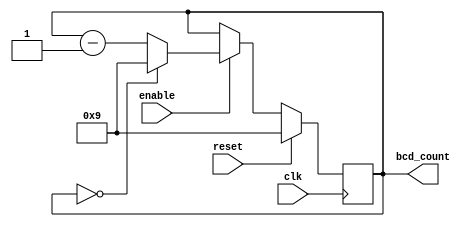
module BCD_Down_Counter (
    input wire clk,
    input wire enable,
    input wire reset,
    output reg [3:0] bcd_count
);

// Initial value for the BCD counter
reg [3:0] initial_value = 9;

always @(posedge clk) begin
    if (reset) begin
        bcd_count <= initial_value;
    end else begin
        if (enable) begin
            if (bcd_count == 0) begin
                bcd_count <= 9;
            end else begin
                bcd_count <= bcd_count - 1;
            end
        end
    end
end

endmodule